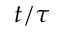
t / \tau